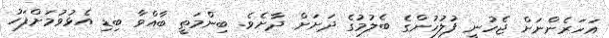
އަހަރެންނަށް ޖެހުނީ ފުލުހުންގެ ބެލުމުގެ ދަށަށް ދާށެވެ. ބިންމަތީ ބާއްވާ ބިޑި އެޅުވުމަށްފަހު